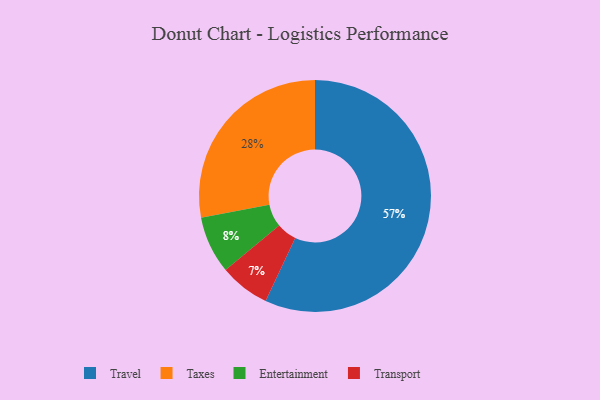
{"axis": {"x": "Category", "y": "Percentage"}, "legend": ["Entertainment", "Taxes", "Transport", "Travel"], "data": [{"x": "Travel", "y": 57, "type": "Travel"}, {"x": "Taxes", "y": 28, "type": "Taxes"}, {"x": "Transport", "y": 7, "type": "Transport"}, {"x": "Entertainment", "y": 8, "type": "Entertainment"}]}